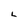
Character: L